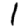
Digit: 1